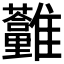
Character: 𩁮